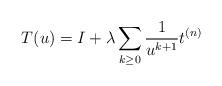
LaTeX: \begin{align*}T(u) = I + \lambda \sum_{k \geq 0} \frac{1}{u^{k+1}}t^{(n)}\end{align*}